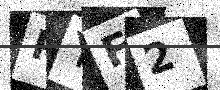
Text: RYF2